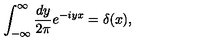
\int _ { - \infty } ^ { \infty } \frac { d y } { 2 \pi } e ^ { - i y x } = \delta ( x ) ,